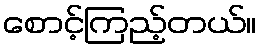
စောင့်ကြည့်တယ်။